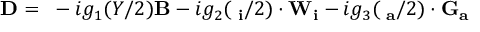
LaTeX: \mathbf { D } = \mathbf { \partial } - i g _ { 1 } ( Y / 2 ) \mathbf { B } - i g _ { 2 } ( \mathbf { \tau _ { i } } / 2 ) \cdot \mathbf { W _ { i } } - i g _ { 3 } ( \mathbf { \lambda _ { a } } / 2 ) \cdot \mathbf { G _ { a } }